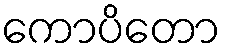
ကောပိတော